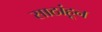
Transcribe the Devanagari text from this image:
साठांहून